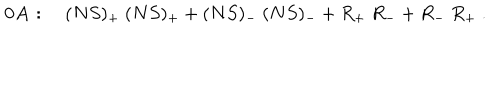
LaTeX: { \bf 0 A } : \quad ( N S ) _ { + } \ ( N S ) _ { + } + ( N S ) _ { - } \ ( N S ) _ { - } + R _ { + } \ R _ { - } + R _ { - } \ R _ { + } \ .